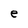
Character: e